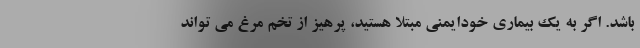
باشد. اگر به یک بیماری خودایمنی مبتلا هستید، پرهیز از تخم مرغ می تواند